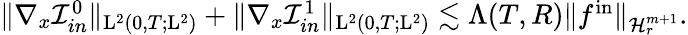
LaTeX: \begin{array}{r}{\Vert\nabla_{x}\mathcal{I}_{in}^{0}\Vert_{\mathrm{L}^{2}(0,T;\mathrm{L}^{2})}+\Vert\nabla_{x}\mathcal{I}_{in}^{1}\Vert_{\mathrm{L}^{2}(0,T;\mathrm{L}^{2})}\lesssim\Lambda(T,R)\Vert f^{\mathrm{in}}\Vert_{\mathcal{H}_{r}^{m+1}}.}\end{array}